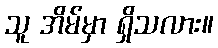
သူ အိမ်မှာ ရှိသလား။